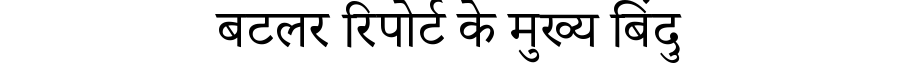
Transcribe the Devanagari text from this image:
बटलर रिपोर्ट के मुख्य बिंदु